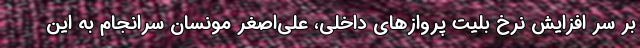
بر سر افزایش نرخ بلیت پروازهای داخلی، علی‌اصغر مونسان سرانجام به این